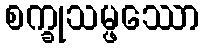
စက္ခုသမ္ဖဿော